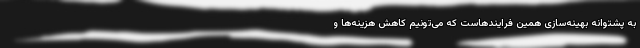
به پشتوانه بهینه‌سازی همین فرایندهاست که می‌تونیم کاهش هزینه‌ها و